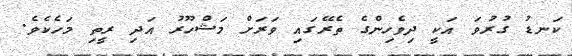
ކަނޑު ގުރުވަ އަކީ ދިވެހިންގެ ތެރޭގައި ވަރަށް މަޝްހޫރު އަދި ރީތި މަހެކެވެ.